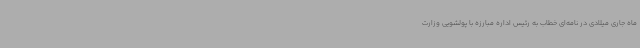
ماه جاری میلادی در نامه‌ای خطاب به رئیس اداره مبارزه با پولشویی وزارت